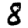
Digit: 8